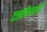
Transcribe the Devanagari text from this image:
दाखविण्यासाठीं